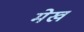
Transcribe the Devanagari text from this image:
मेख